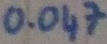
Text: 0.047